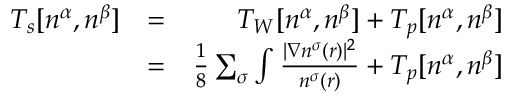
\begin{array} { r l r } { T _ { s } [ n ^ { \alpha } , n ^ { \beta } ] } & { = } & { T _ { W } [ n ^ { \alpha } , n ^ { \beta } ] + T _ { p } [ n ^ { \alpha } , n ^ { \beta } ] } \\ & { = } & { \frac { 1 } { 8 } \sum _ { \sigma } \int \frac { | \nabla n ^ { \sigma } ( \boldsymbol { r } ) | ^ { 2 } } { n ^ { \sigma } ( \boldsymbol { r } ) } + T _ { p } [ n ^ { \alpha } , n ^ { \beta } ] } \end{array}